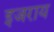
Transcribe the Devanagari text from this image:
इजराय